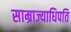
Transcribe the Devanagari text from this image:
साम्राज्याधिपति